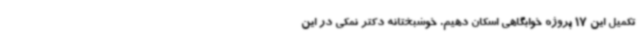
تکمیل این 17 پروژه خوابگاهی اسکان دهیم. خوشبختانه دکتر نمکی در این